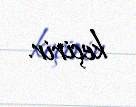
keçirir.